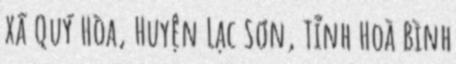
Xã Quý Hòa, Huyện Lạc Sơn, Tỉnh Hoà Bình